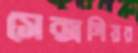
সেক্সপিয়র